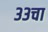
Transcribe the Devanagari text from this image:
३३चा